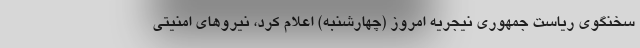
سخنگوی ریاست جمهوری نیجریه امروز (چهارشنبه) اعلام کرد، نیروهای امنیتی